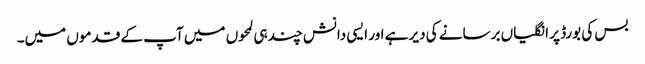
بس کی بورڈ پر انگلیاں برسانے کی دیر ہے اور ایسی دانش چند ہی لمحوں میں‌ آپ کے قدموں میں۔